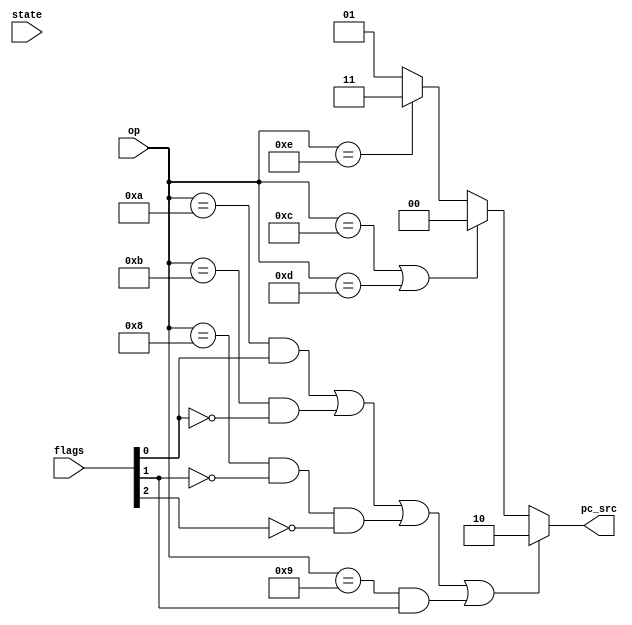
module pc_control(state,op,flags,pc_src);
	input [5:0] op;
	input [2:0] flags;// [0]-->zero, [1]--> carry ,[2]-->overFlow.	
	input [2:0] state;
	output reg [1:0] pc_src	;
	wire branch, jump,ret,next;
	assign branch = ((op== 6'b001010 && flags[0]) || (op ==6'b 001011 && !flags[0])||
	(op == 6'b001000 && !flags[1]  && !flags[2])|| (op == 6'b001001 && flags[1] ) )	;
	assign jump = (op==6'b001100 ||op==6'b001101 ) ; //jump or call
	assign ret=(op==6'b001110) ;
	assign next = (state == 3'b001);
	
	always @(*)begin
	   if(branch) 
		   pc_src=2'b10;
	    else if (jump)
		   pc_src=2'b00;
	  else if (ret)
		 pc_src=2'b11;  
	   else 
		 pc_src=2'b01; 
	  
	end  
endmodule